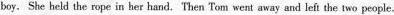
boy. She held the rope in her hand.Then Tom went away and let the two people.